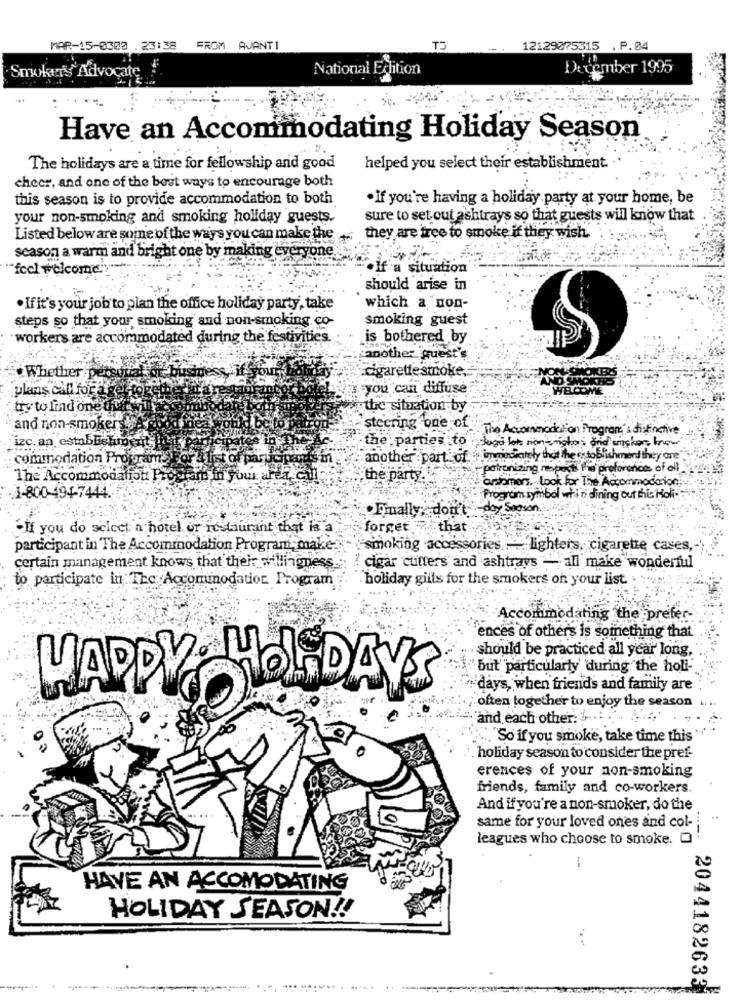
MAR-15-0300 . 23:38 FROM AVANTI
-
12129075315 . P.04
National Edition
December 1995
Smokers Advocate
Have an Accommodating Holiday Season
The holidays are a time for fellowship and good
helped you select their establishment.
cheer, and one of the best ways to encourage both
this season is to provide accommodation to both
· If you're having a holiday party at your home, be
your non-smoking and smoking holiday guests.
sure to set out ashtrays so that guests will know that
Listed below are some of the ways you can make the .they are free to smoke if they wish.
season a warm and bright one by making everyone.
feel welcome .:
"a situation
should arise in
· Ifit's your job to plan the office holiday party, take
which a non-
steps so that your smoking and non-smoking co-
smoking guest
workers are accommodated during the festivities.
is bothered by
another quest's
cigarettesmoke,
Whether
plans call for a
you can diffuse
try to find one di
the situation by
and non-smoker
steering one of
The Accommodation Program's distinctive
izc. an establishros
the parties to
logo lots rom mista; and crishors know
commodation Program
another part of :" immediately that the os toblishment they are"
patronizing mapast the preferences of ell
The Accommodation Pro
your are
the party.
ansomers. took for The Accommodation
1-800-494-7444.
Program symbol whi'ni dining cut hic Holi-
doy Sagsón
Fmually: don't
. If you do select a hotel or restaurant that is
forget that
participant in The Accommodation Program, make
smoking accessories - lighters, cigarette cases,
certain management knows that their willingness
cigar cutters and ashtrays - all make wonderful
to participate in The Accommodation Program
holiday gifts for the smokers on your list.
Accommodating the prefer-
ences of others is something that
should be practiced all year long,
but particularly during the holi-
days, when friends and family are
HAPPY HOL DAY'S
often together to enjoy the season
and each other: 1 ...
"So if you smoke, take time this "'
holiday season to consider the pref-
erences of your non-smoking
friends, family and co-workers.
And if you're a non-smoker, do the
same for your loved ones and col-
leagues who choose to smoke. O
-
HAVE AN ACCOMODATING
HOLIDAY SEASON!
20441826331